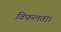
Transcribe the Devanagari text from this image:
विफलता।